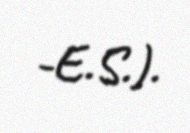
-E.S.).